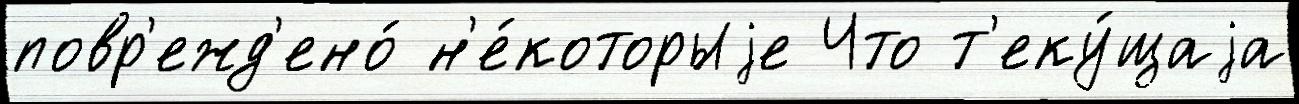
повр'ежд'ено́ н'е́которыjе Что т'еку́щаjа